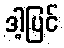
ဒါ့ပြင်